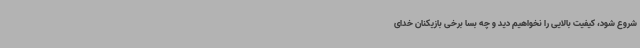
شروع شود، کیفیت بالایی را نخواهیم دید و چه بسا برخی بازیکنان خدای